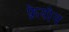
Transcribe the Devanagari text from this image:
फ़्रेयोन